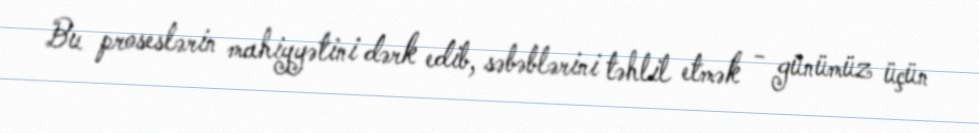
Bu proseslərin mahiyyətini dərk edib, səbəblərini təhlil etmək - günümüz üçün